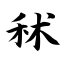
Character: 秫